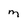
Character: m